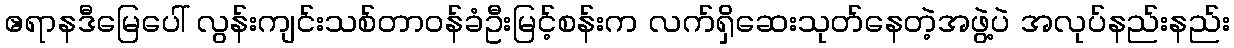
ဧရာနဒီမြေပေါ် လွန်းကျင်းသစ်တာဝန်ခံဦးမြင့်စန်းက လက်ရှိဆေးသုတ်နေတဲ့အဖွဲ့ပဲ အလုပ်နည်းနည်း